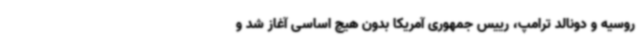
روسیه و دونالد ترامپ، رییس جمهوری آمریکا بدون هیچ اساسی آغاز شد و